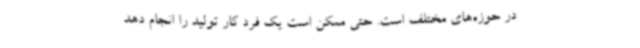
در حوزه‌های مختلف است. حتی ممکن است یک فرد کار تولید را انجام دهد